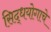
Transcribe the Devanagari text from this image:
सिद्धयोगाचे